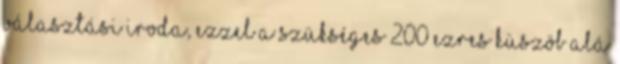
Választási Iroda, ezzel a szükséges 200 ezres küszöb alá